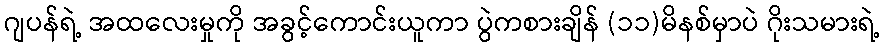
ဂျပန်ရဲ့ အထလေးမှုကို အခွင့်ကောင်းယူကာ ပွဲကစားချိန် (၁၁)မိနစ်မှာပဲ ဂိုးသမားရဲ့